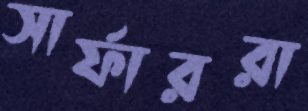
সার্ফাররা